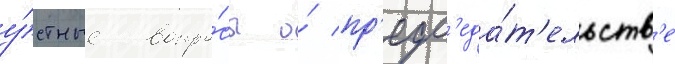
у́стные вопро́сы о́ пр'едс'еда́т'ельств'е